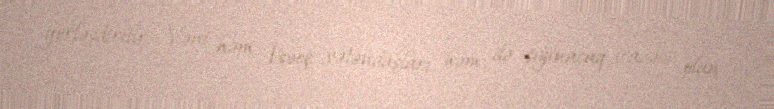
yerləşdirilir: Yəni həm İsveç vətəndaşları, həm də sığınacaq icazəsi olan